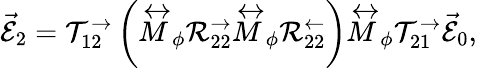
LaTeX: \vec{\mathcal{E}}_{2}=\mathcal{T}_{12}^{\rightarrow}\left(\stackrel{\leftrightarrow}{M}_{\phi}\mathcal{R}_{22}^{\rightarrow}\stackrel{\leftrightarrow}{M}_{\phi}\mathcal{R}_{22}^{\leftarrow}\right)\stackrel{\leftrightarrow}{M}_{\phi}\mathcal{T}_{21}^{\rightarrow}\vec{\mathcal{E}}_{0},